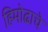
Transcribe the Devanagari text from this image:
हिमोढाचे